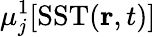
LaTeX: \mu_{j}^{1}[\mathrm{SST}(\mathbf{r},t)]